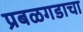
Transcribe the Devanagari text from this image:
प्रबळगडाचा